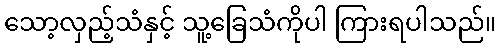
သော့လှည့်သံနှင့် သူ့ခြေသံကိုပါ ကြားရပါသည်။